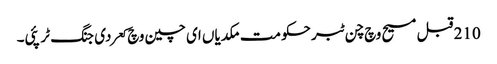
210 قبل مسیح وچ چن ٹبر حکومت مکدیاں ای چین وچ کعر دی جنگ ٹر پئی۔